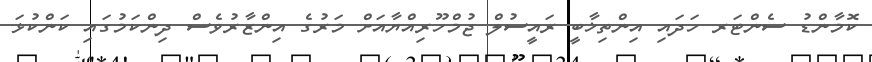
ކޮމާންޑު ސެންޓަރ ހަދައި އިންތިޚާބީ ރައީސުލް ޖުމްހޫރިއްޔާއަށް މަރުގެ އިންޒާރުވެސް ދިންކަމުގައި ކަންކުޅަ